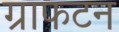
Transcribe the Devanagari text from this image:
ग्राफटन